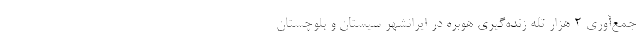
جمع‌آوری ۲ هزار تله زنده‌گیری هوبره در ایرانشهر سیستان و بلوچستان